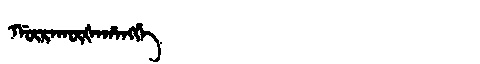
Manchu: ᡤᡡᡵᠠᡴᡡᡧᠠᡥᠠᠩᡤᡝ
Romanization: GŪRAKŪŠAHANGGE